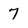
Character: 7